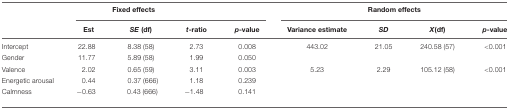
<table><thead><tr><td colspan="5"><b>Fixed effects</b></td><td colspan="4"><b>Random effects</b></td></tr><tr><td></td><td><b>Est</b></td><td><b><i>SE</i> (df)</b></td><td><b><i>t</i>-ratio</b></td><td><b><i>p</i>-value</b></td><td><b>Variance estimate</b></td><td><b><i>SD</i></b></td><td><b><i>X</i>(df)</b></td><td><b><i>p</i>-value</b></td></tr></thead><tbody><tr><td>Intercept</td><td>22.88</td><td>8.38 (58)</td><td>2.73</td><td>0.008</td><td>443.02</td><td>21.05</td><td>240.58 (57)</td><td>&lt;0.001</td></tr><tr><td>Gender</td><td>11.77</td><td>5.89 (58)</td><td>1.99</td><td>0.050</td><td></td><td></td><td></td><td></td></tr><tr><td>Valence</td><td>2.02</td><td>0.65 (59)</td><td>3.11</td><td>0.003</td><td>5.23</td><td>2.29</td><td>105.12 (58)</td><td>&lt;0.001</td></tr><tr><td>Energetic arousal</td><td>0.44</td><td>0.37 (666)</td><td>1.18</td><td>0.239</td><td></td><td></td><td></td><td></td></tr><tr><td>Calmness</td><td>-0.63</td><td>0.43 (666)</td><td>-1.48</td><td>0.141</td><td></td><td></td><td></td><td></td></tr></tbody></table>